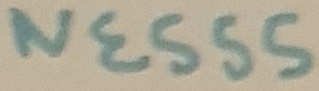
Text: NE555